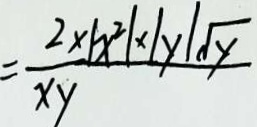
= \frac { 2 \times \vert x ^ { 2 } \vert y \vert \sqrt { y } } { x y }